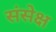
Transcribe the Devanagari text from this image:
संसेक्ष